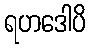
ရဟဒေါပိ